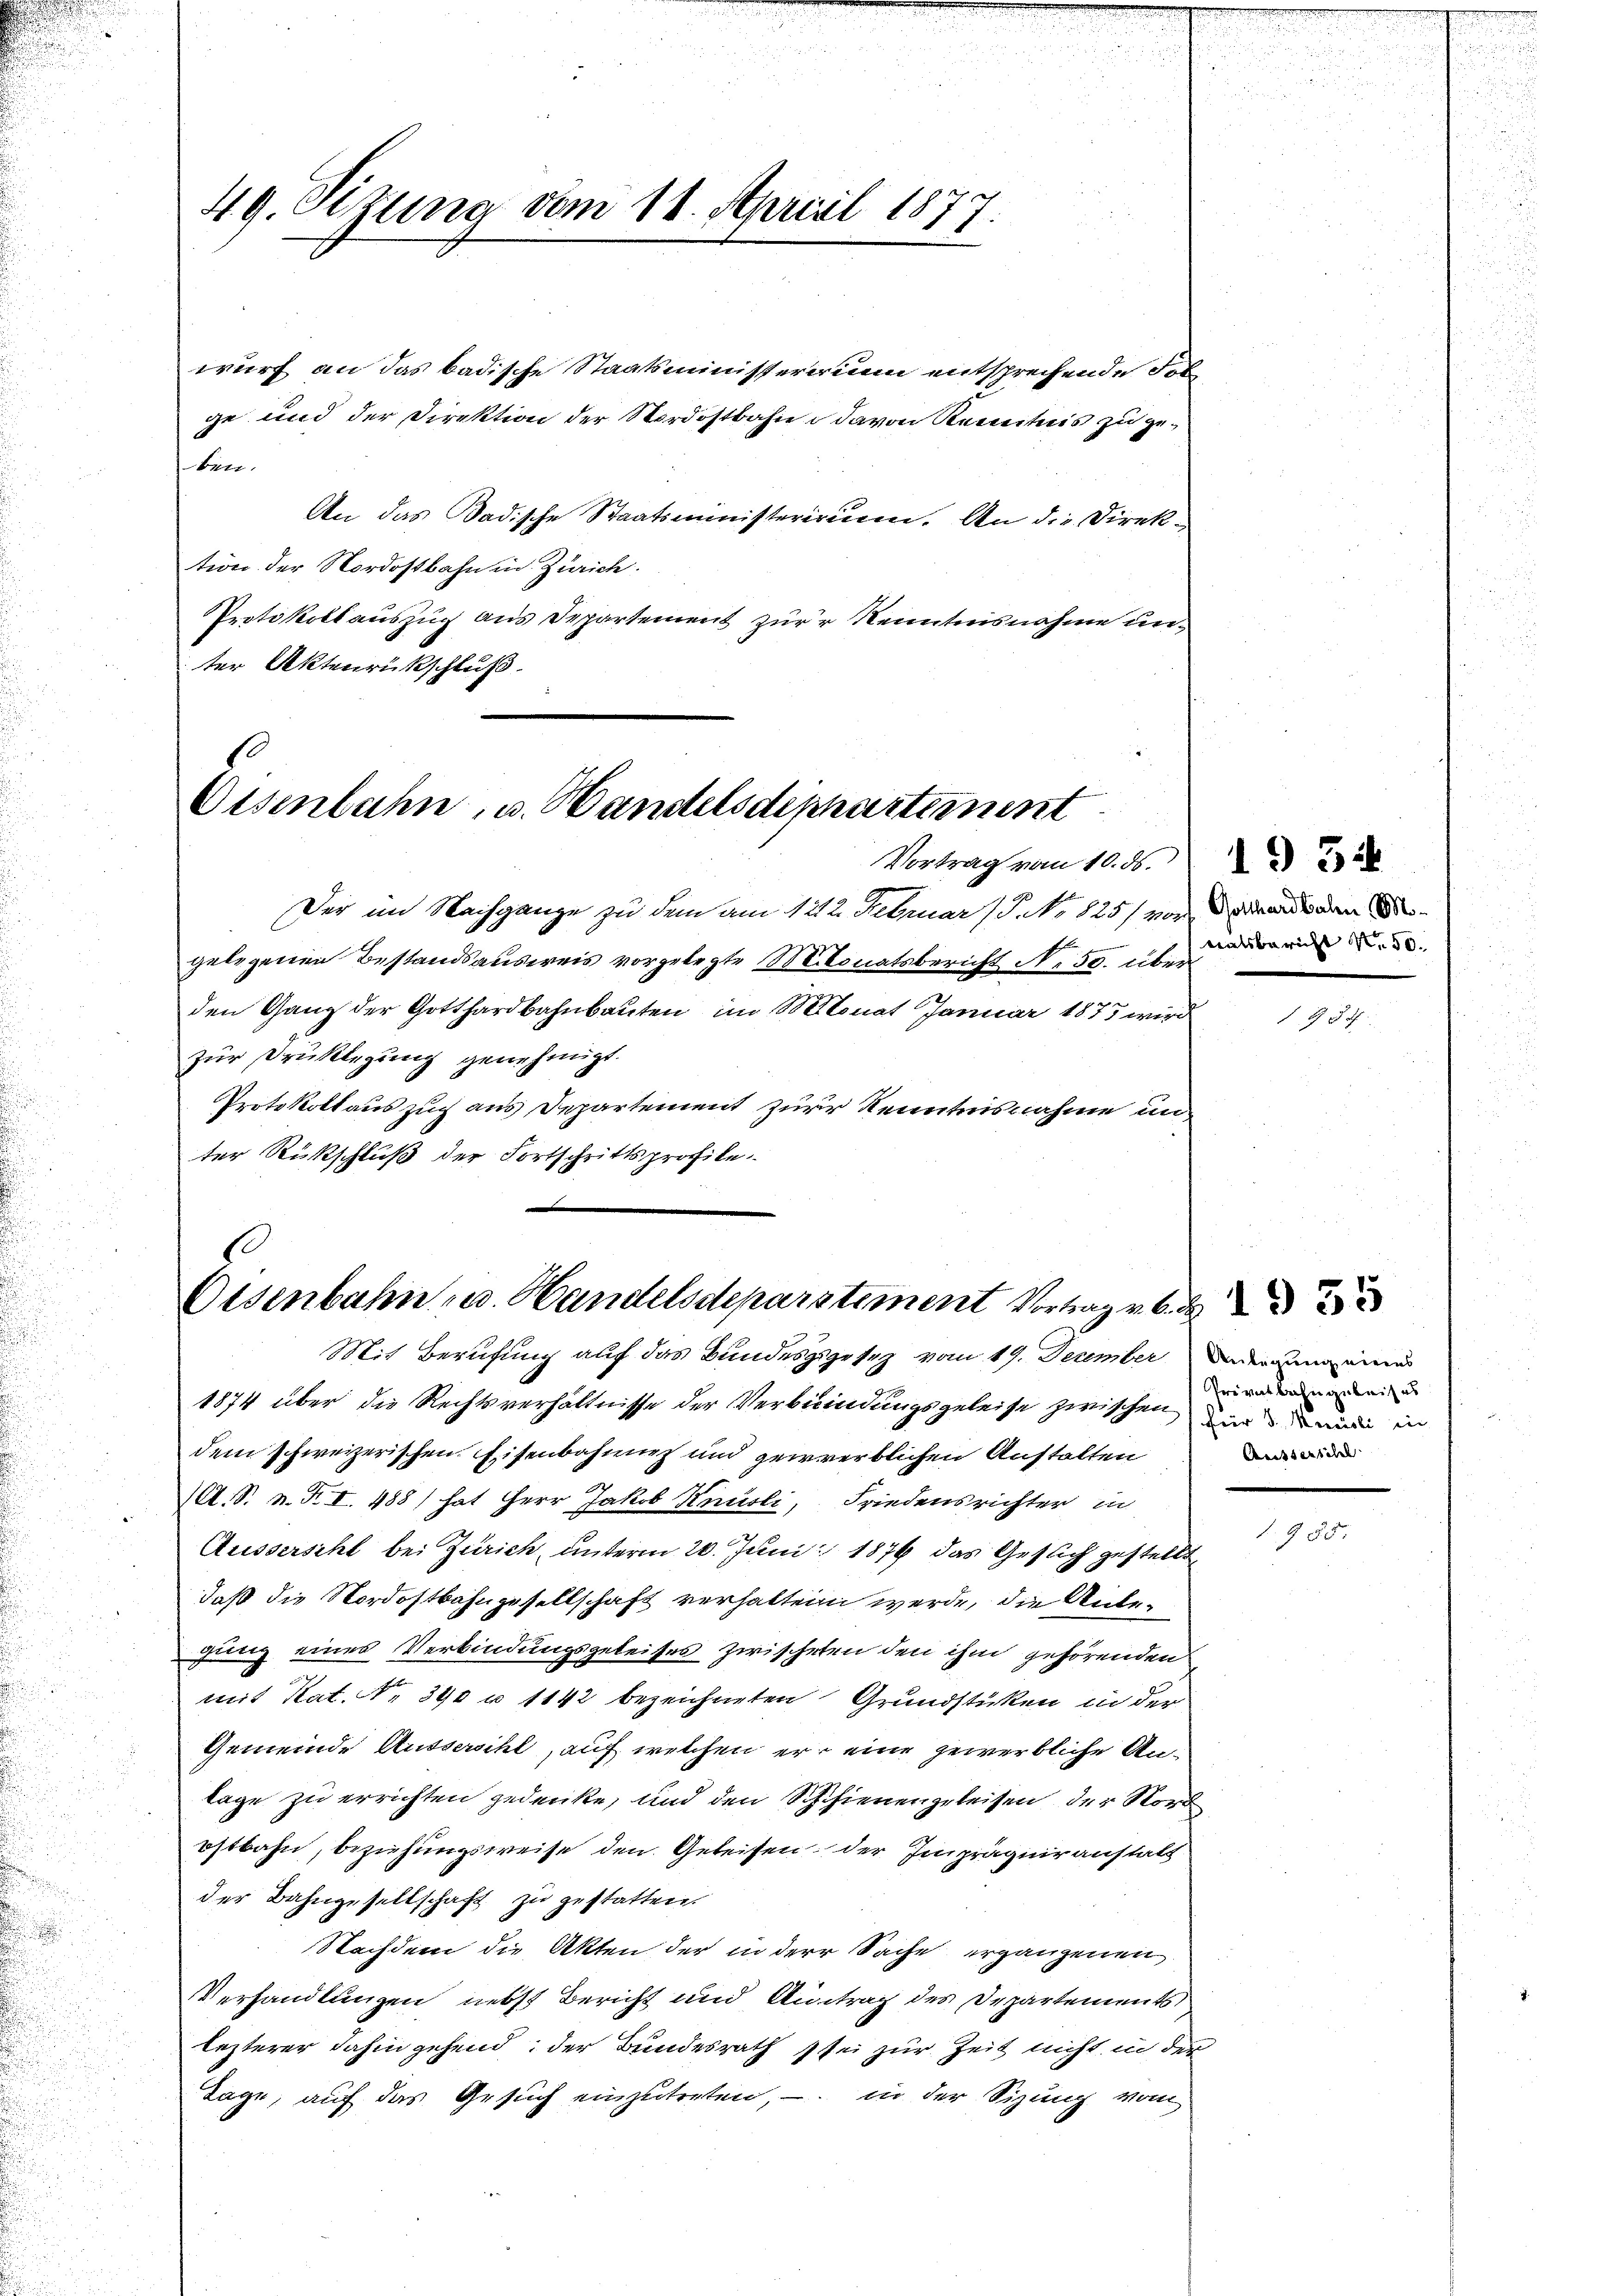
s
u

.

49. Sizung vom 18. April 1877.

Eisenbahn, v. Handelsdepartement

wurf an das badische Staatsministeririum entsprechende Fol
ge und der Direktion der Nordostbahn davon Kenntnis zu geben.
An das Badische Staatsministerium. An die Direktion der Nordostbahn in Zürich.
Protokoll auszug aus Departement zur Kenntnisnahme unter Aktenrückschluß

Vortrag vom 16. d. 22
Der im Nachgange zu dem am 122. Februar (P. No 825) vor den den Begelegenen Bestandsausweis vorgelegte Monatsbericht N. 50. Abende au
den Ganz der Gotthardbahnbauten im Monat Januar 1873 wird
zur Brüklegung genehmigt.
Protokollauszug aus Departement zur Kenntnisnahme unter Rückschluß der Fortschrittsprofile

s
Osenbahn u. Handelsdeparstement Vortrag v. 6.

Mit Berufung auf das Bundesgegesetz vom 19. December Dadigung eine
1874 über die Rechtsverhältnisse der Verbindungsgeleise zwischen die die in
dem schweizerischen Eisenbahnung und gewerblichen Anstalten
.S. n. F. I. 488) hat Herr Jakob Knüsli, Friedensrichter in
Aussersihl bei Zürich, unterm 20. Juni 1876 das Gesuch gestellt
daß die Nordostbahngesellschaft verhalten werde, die Anlegung eines Verbindungsgeleises zwischeten den ihm gehörenden
mit Kat. N. 390 u. 1142 bezeichneten Grundstücken in der
Gemeinde Aussersihl, auf welchen er eine gewerbliche Anlage zu errichten gedenke, und den Schuhienengeleisen, der Nord
ostbahn, beziehungsweise den Geleisen der Imprägniranstalt
der Bahngesellschaft zu gestatten.
Nachdem die Akten der in der Sache ergangenen
Verhandlungen nebst Bericht und Antrag des Departements
lezterer dahin gehend, der Bundesrath sei zur Zeit nicht in der
Tage, auf das Gesuch einzutreten, – in der Sizung vom

Privatbahnarbeites
Ausserschl